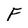
Character: F